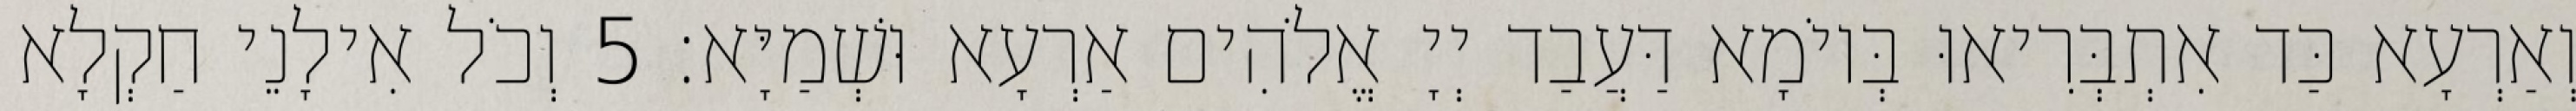
וְאַרְעָא כַּד אִתְבְּרִיאוּ בְּיוֹמָא דַּעֲבַד יְיָ אֱלֹהִים אַרְעָא וּשְׁמַיָּא׃ 5 וְכֹל אִילָנֵי חַקְלָא